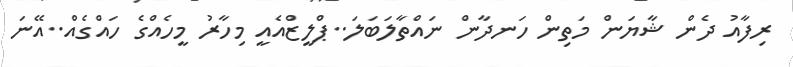
ރިފާއު ދެން ޝާޔަން މަތިން ހަނދާން ނައްތާލަބަލަ..ޕްލީޒްއެއީ މިހާރު މީހެއްގެ ހައްގެއް..އޭނަ